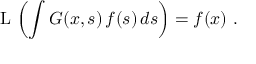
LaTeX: \operatorname { L } \, \left( \int G ( x , s ) \, f ( s ) \, d s \right) = f ( x ) ~ .